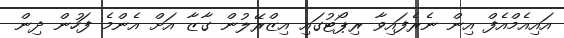
އައިއެމްއެފް އިން ނެރެފައިވާ ރިޕޯޓުގައި އިޒްރޭލުން ގާޒާ އަށް އެންމެ ފަހުން ދިން